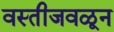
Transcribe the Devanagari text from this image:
वस्तीजवळून